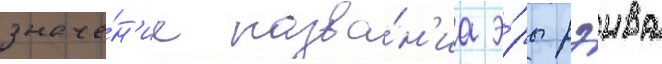
значе́н'ие назва́н'иа э́ры рэива